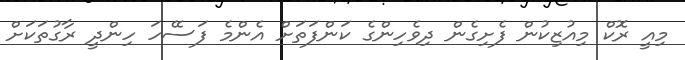
މިއީ ރޮކް މިއުޒިކުން ފެށިގެން ދިވެހިންގެ ކަންފަތަށް އެންމެ ފަސޭހަ ހިންދީ ރާގުތަކަށް